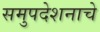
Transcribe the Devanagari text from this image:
समुपदेशनाचे